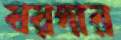
বরদার